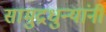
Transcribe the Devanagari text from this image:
सामुद्रधुन्यांनी